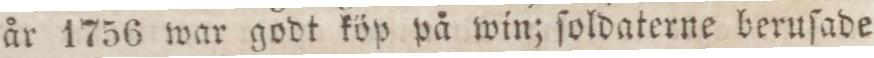
år 1756 war godt köp på win; ſoldaterne beruſade